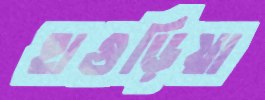
হাগুড়িয়া